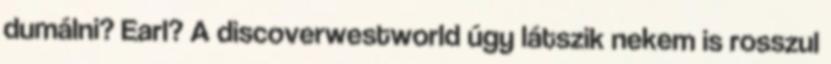
dumálni? Earl? A discoverwestworld úgy látszik nekem is rosszul